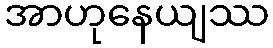
အာဟုနေယျဿ